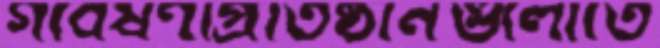
গবেষণাপ্রতিষ্ঠানগুলোতে